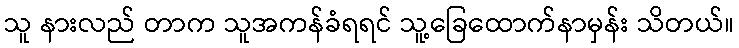
သူ နားလည် တာက သူအကန်ခံရရင် သူ့ခြေထောက်နာမှန်း သိတယ်။